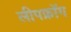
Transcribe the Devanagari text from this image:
लीपफ्रॉग